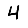
Digit: 4